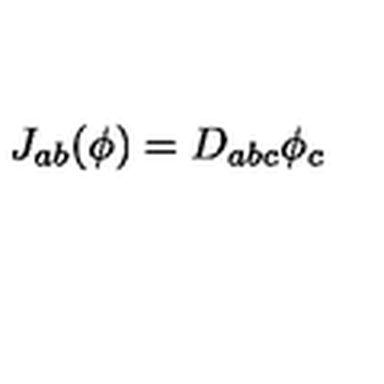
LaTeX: J _ { a b } ( \phi ) = D _ { a b c } \phi _ { c }